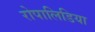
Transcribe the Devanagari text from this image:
रोपालिडिया